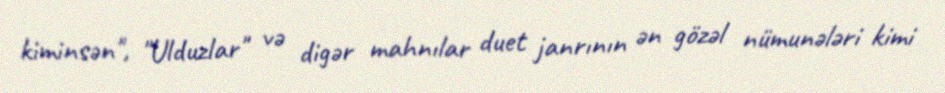
kiminsən", "Ulduzlar" və digər mahnılar duet janrının ən gözəl nümunələri kimi